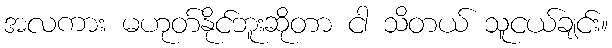
အလကား မဟုတ်နိုင်ဘူးဆိုတာ ငါ သိတယ် သူငယ်ချင်း။